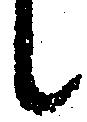
候